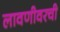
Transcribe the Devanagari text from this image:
लावणीवरची